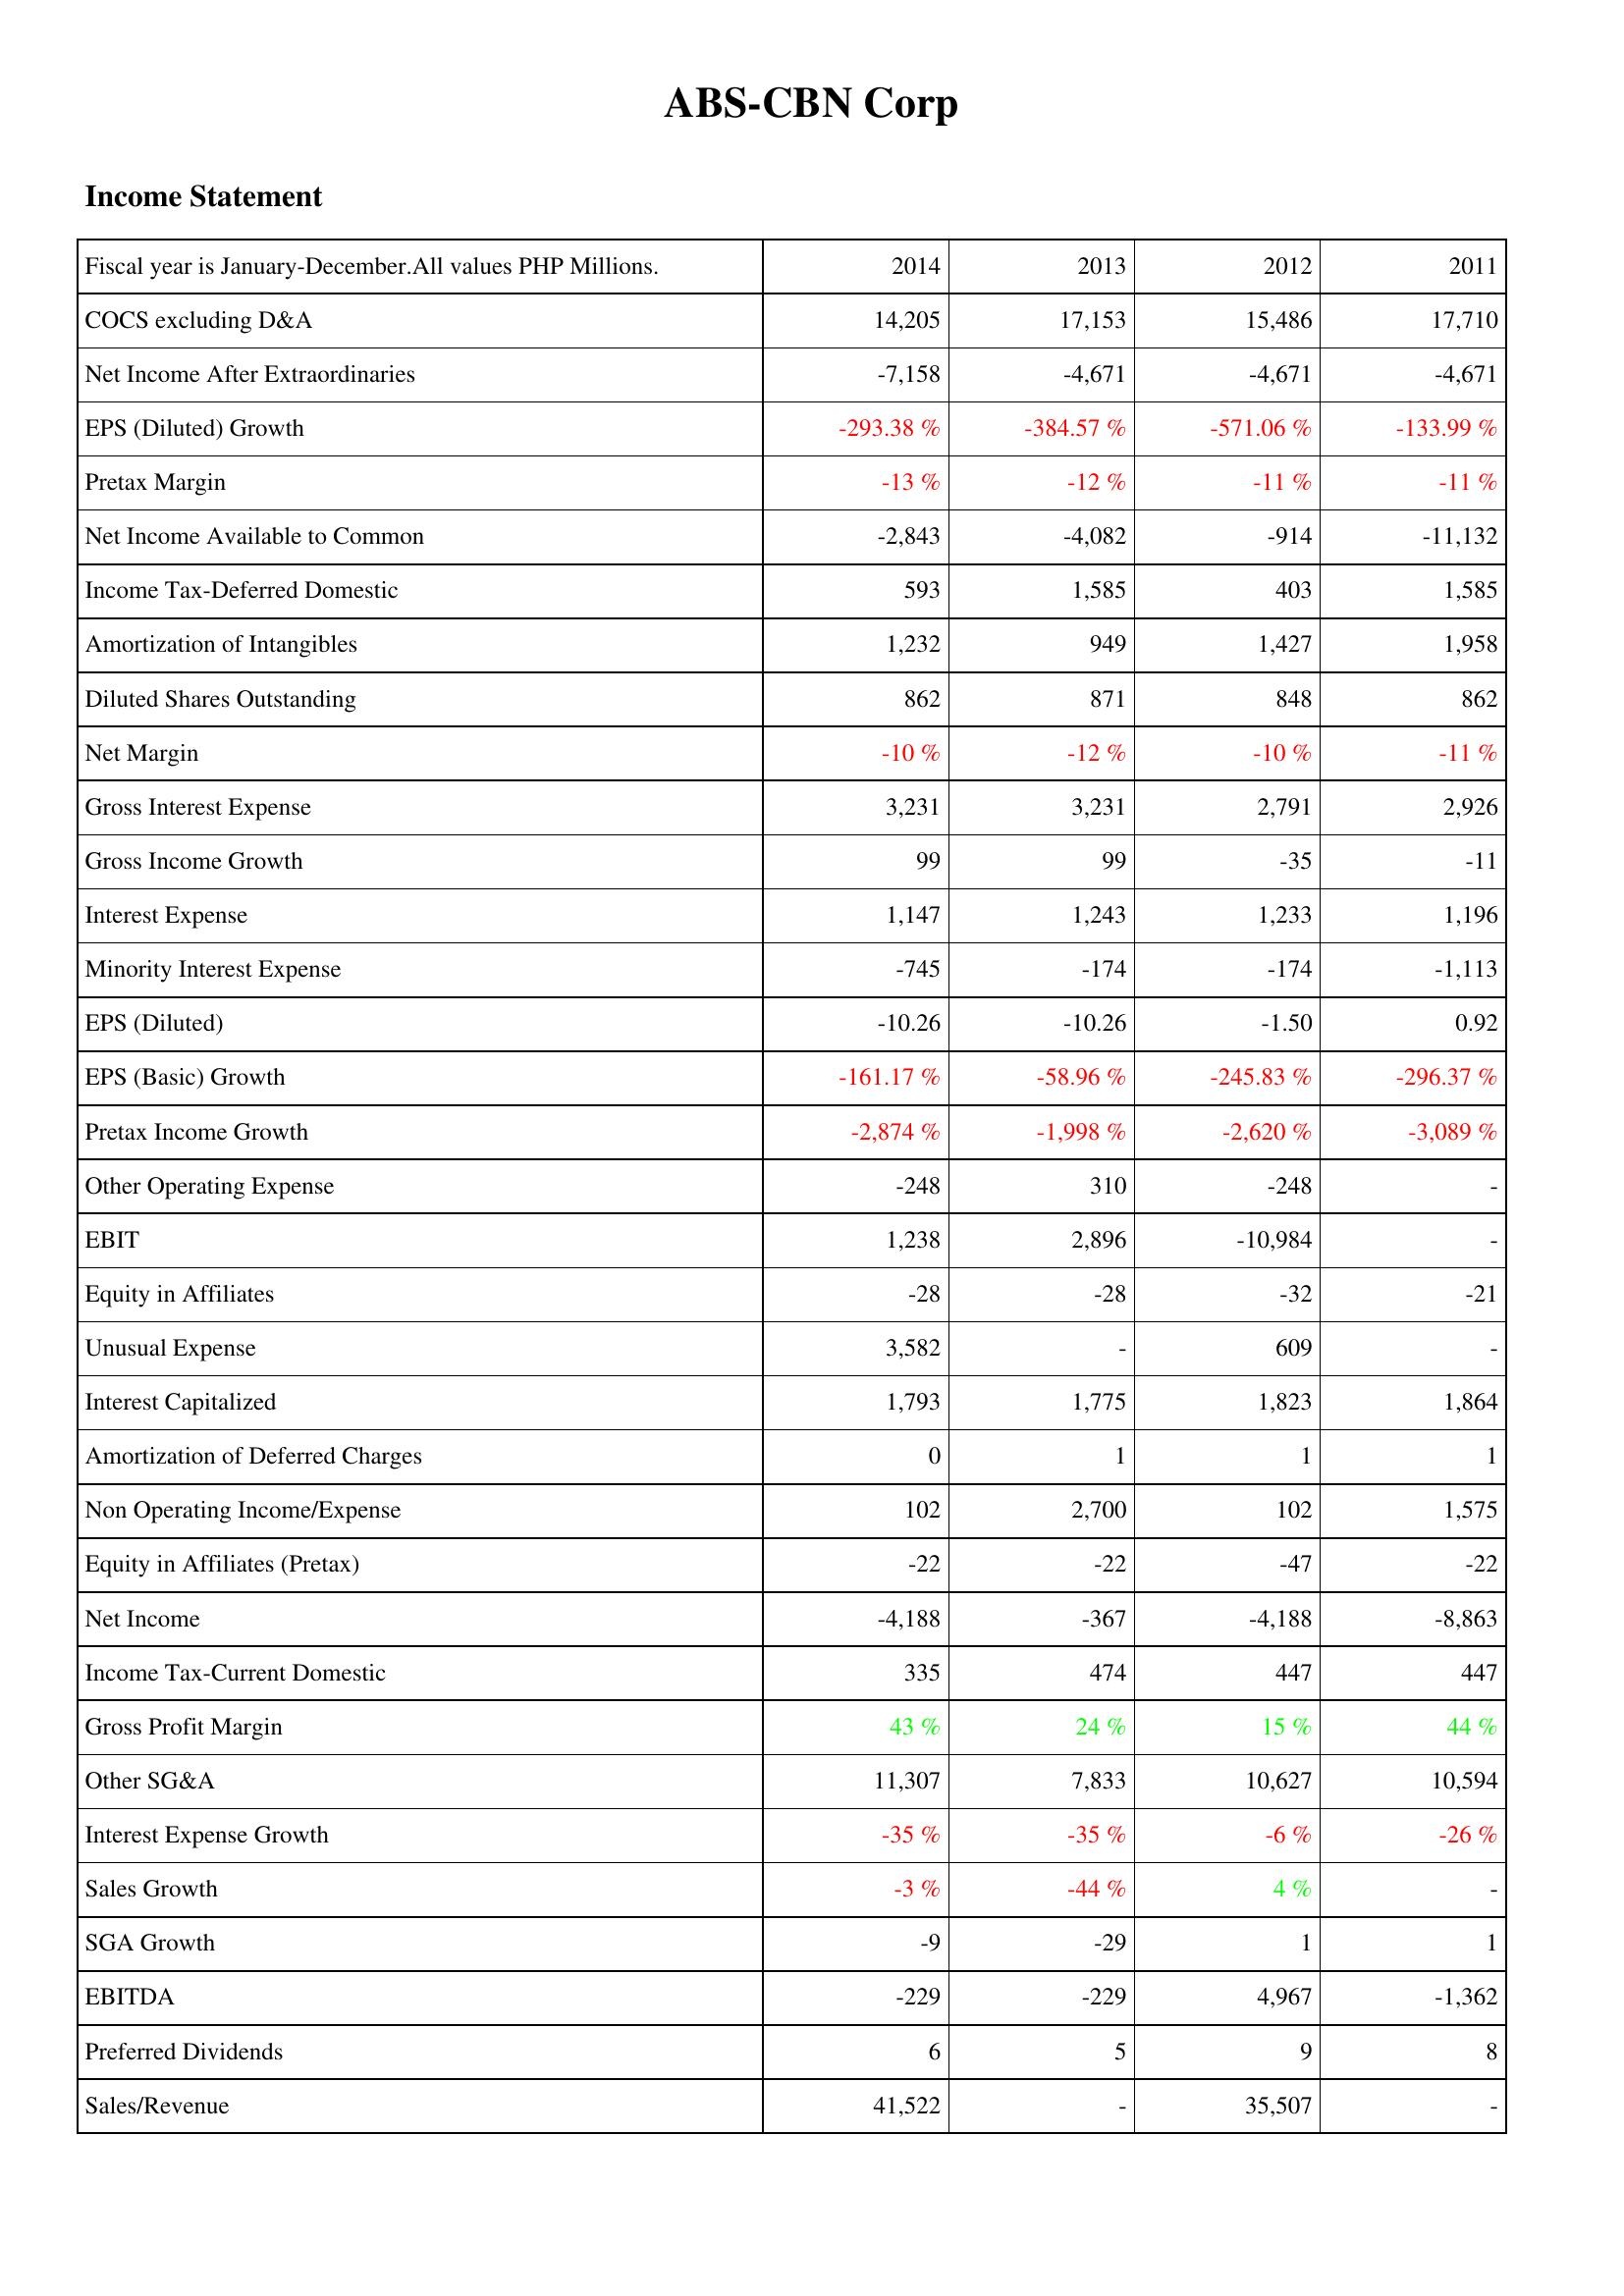
2014: Income Statement: COCS excluding D&A: 14,205
Net Income After Extraordinaries: -7,158
EPS (Diluted) Growth: -293.38 %
Pretax Margin: -13 %
Net Income Available to Common: -2,843
Income Tax-Deferred Domestic: 593
Amortization of Intangibles: 1,232
Diluted Shares Outstanding: 862
Net Margin: -10 %
Gross Interest Expense: 3,231
Gross Income Growth: 99
Interest Expense: 1,147
Minority Interest Expense: -745
EPS (Diluted): -10.26
EPS (Basic) Growth: -161.17 %
Pretax Income Growth: -2,874 %
Other Operating Expense: -248
EBIT: 1,238
Equity in Affiliates: -28
Unusual Expense: 3,582
Interest Capitalized: 1,793
Amortization of Deferred Charges: 0
Non Operating Income/Expense: 102
Equity in Affiliates (Pretax): -22
Net Income: -4,188
Income Tax-Current Domestic: 335
Gross Profit Margin: 43 %
Other SG&A: 11,307
Interest Expense Growth: -35 %
Sales Growth: -3 %
SGA Growth: -9
EBITDA: -229
Preferred Dividends: 6
Sales/Revenue: 41,522
2013: Income Statement: COCS excluding D&A: 17,153
Net Income After Extraordinaries: -4,671
EPS (Diluted) Growth: -384.57 %
Pretax Margin: -12 %
Net Income Available to Common: -4,082
Income Tax-Deferred Domestic: 1,585
Amortization of Intangibles: 949
Diluted Shares Outstanding: 871
Net Margin: -12 %
Gross Interest Expense: 3,231
Gross Income Growth: 99
Interest Expense: 1,243
Minority Interest Expense: -174
EPS (Diluted): -10.26
EPS (Basic) Growth: -58.96 %
Pretax Income Growth: -1,998 %
Other Operating Expense: 310
EBIT: 2,896
Equity in Affiliates: -28
Unusual Expense: -
Interest Capitalized: 1,775
Amortization of Deferred Charges: 1
Non Operating Income/Expense: 2,700
Equity in Affiliates (Pretax): -22
Net Income: -367
Income Tax-Current Domestic: 474
Gross Profit Margin: 24 %
Other SG&A: 7,833
Interest Expense Growth: -35 %
Sales Growth: -44 %
SGA Growth: -29
EBITDA: -229
Preferred Dividends: 5
Sales/Revenue: -
2012: Income Statement: COCS excluding D&A: 15,486
Net Income After Extraordinaries: -4,671
EPS (Diluted) Growth: -571.06 %
Pretax Margin: -11 %
Net Income Available to Common: -914
Income Tax-Deferred Domestic: 403
Amortization of Intangibles: 1,427
Diluted Shares Outstanding: 848
Net Margin: -10 %
Gross Interest Expense: 2,791
Gross Income Growth: -35
Interest Expense: 1,233
Minority Interest Expense: -174
EPS (Diluted): -1.50
EPS (Basic) Growth: -245.83 %
Pretax Income Growth: -2,620 %
Other Operating Expense: -248
EBIT: -10,984
Equity in Affiliates: -32
Unusual Expense: 609
Interest Capitalized: 1,823
Amortization of Deferred Charges: 1
Non Operating Income/Expense: 102
Equity in Affiliates (Pretax): -47
Net Income: -4,188
Income Tax-Current Domestic: 447
Gross Profit Margin: 15 %
Other SG&A: 10,627
Interest Expense Growth: -6 %
Sales Growth: 4 %
SGA Growth: 1
EBITDA: 4,967
Preferred Dividends: 9
Sales/Revenue: 35,507
2011: Income Statement: COCS excluding D&A: 17,710
Net Income After Extraordinaries: -4,671
EPS (Diluted) Growth: -133.99 %
Pretax Margin: -11 %
Net Income Available to Common: -11,132
Income Tax-Deferred Domestic: 1,585
Amortization of Intangibles: 1,958
Diluted Shares Outstanding: 862
Net Margin: -11 %
Gross Interest Expense: 2,926
Gross Income Growth: -11
Interest Expense: 1,196
Minority Interest Expense: -1,113
EPS (Diluted): 0.92
EPS (Basic) Growth: -296.37 %
Pretax Income Growth: -3,089 %
Other Operating Expense: -
EBIT: -
Equity in Affiliates: -21
Unusual Expense: -
Interest Capitalized: 1,864
Amortization of Deferred Charges: 1
Non Operating Income/Expense: 1,575
Equity in Affiliates (Pretax): -22
Net Income: -8,863
Income Tax-Current Domestic: 447
Gross Profit Margin: 44 %
Other SG&A: 10,594
Interest Expense Growth: -26 %
Sales Growth: -
SGA Growth: 1
EBITDA: -1,362
Preferred Dividends: 8
Sales/Revenue: -